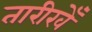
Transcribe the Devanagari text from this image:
तारीखेँ